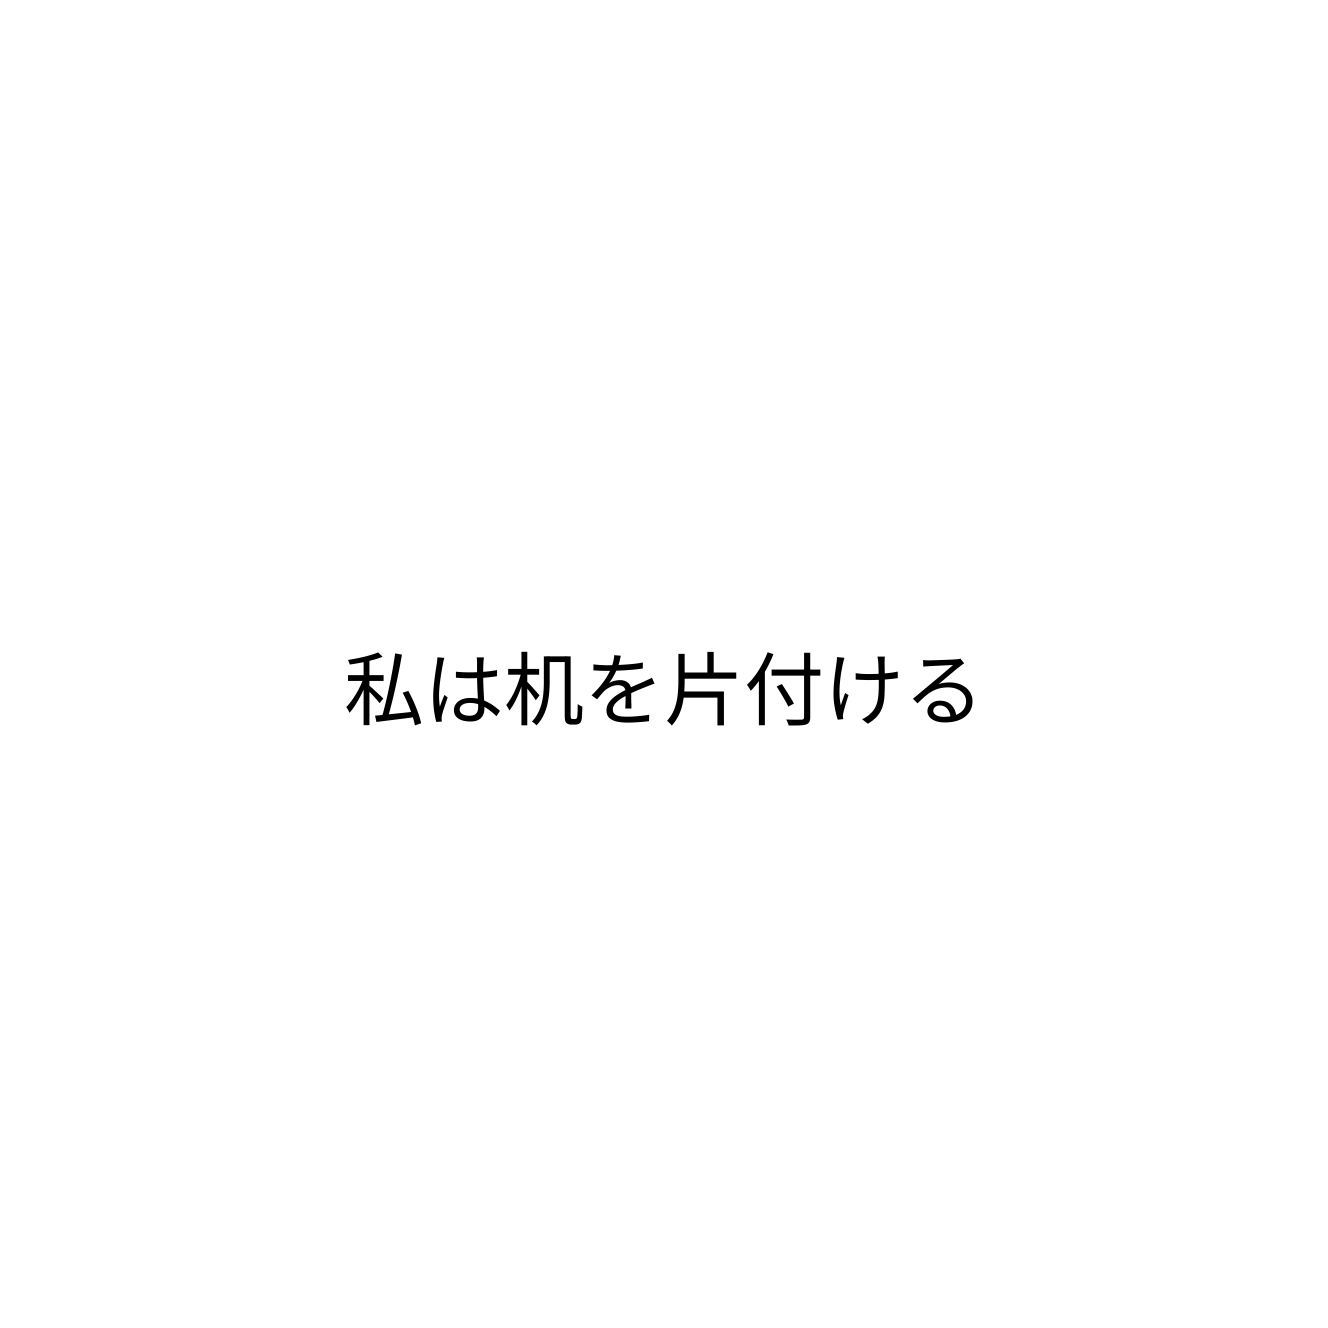
私は机を片付ける